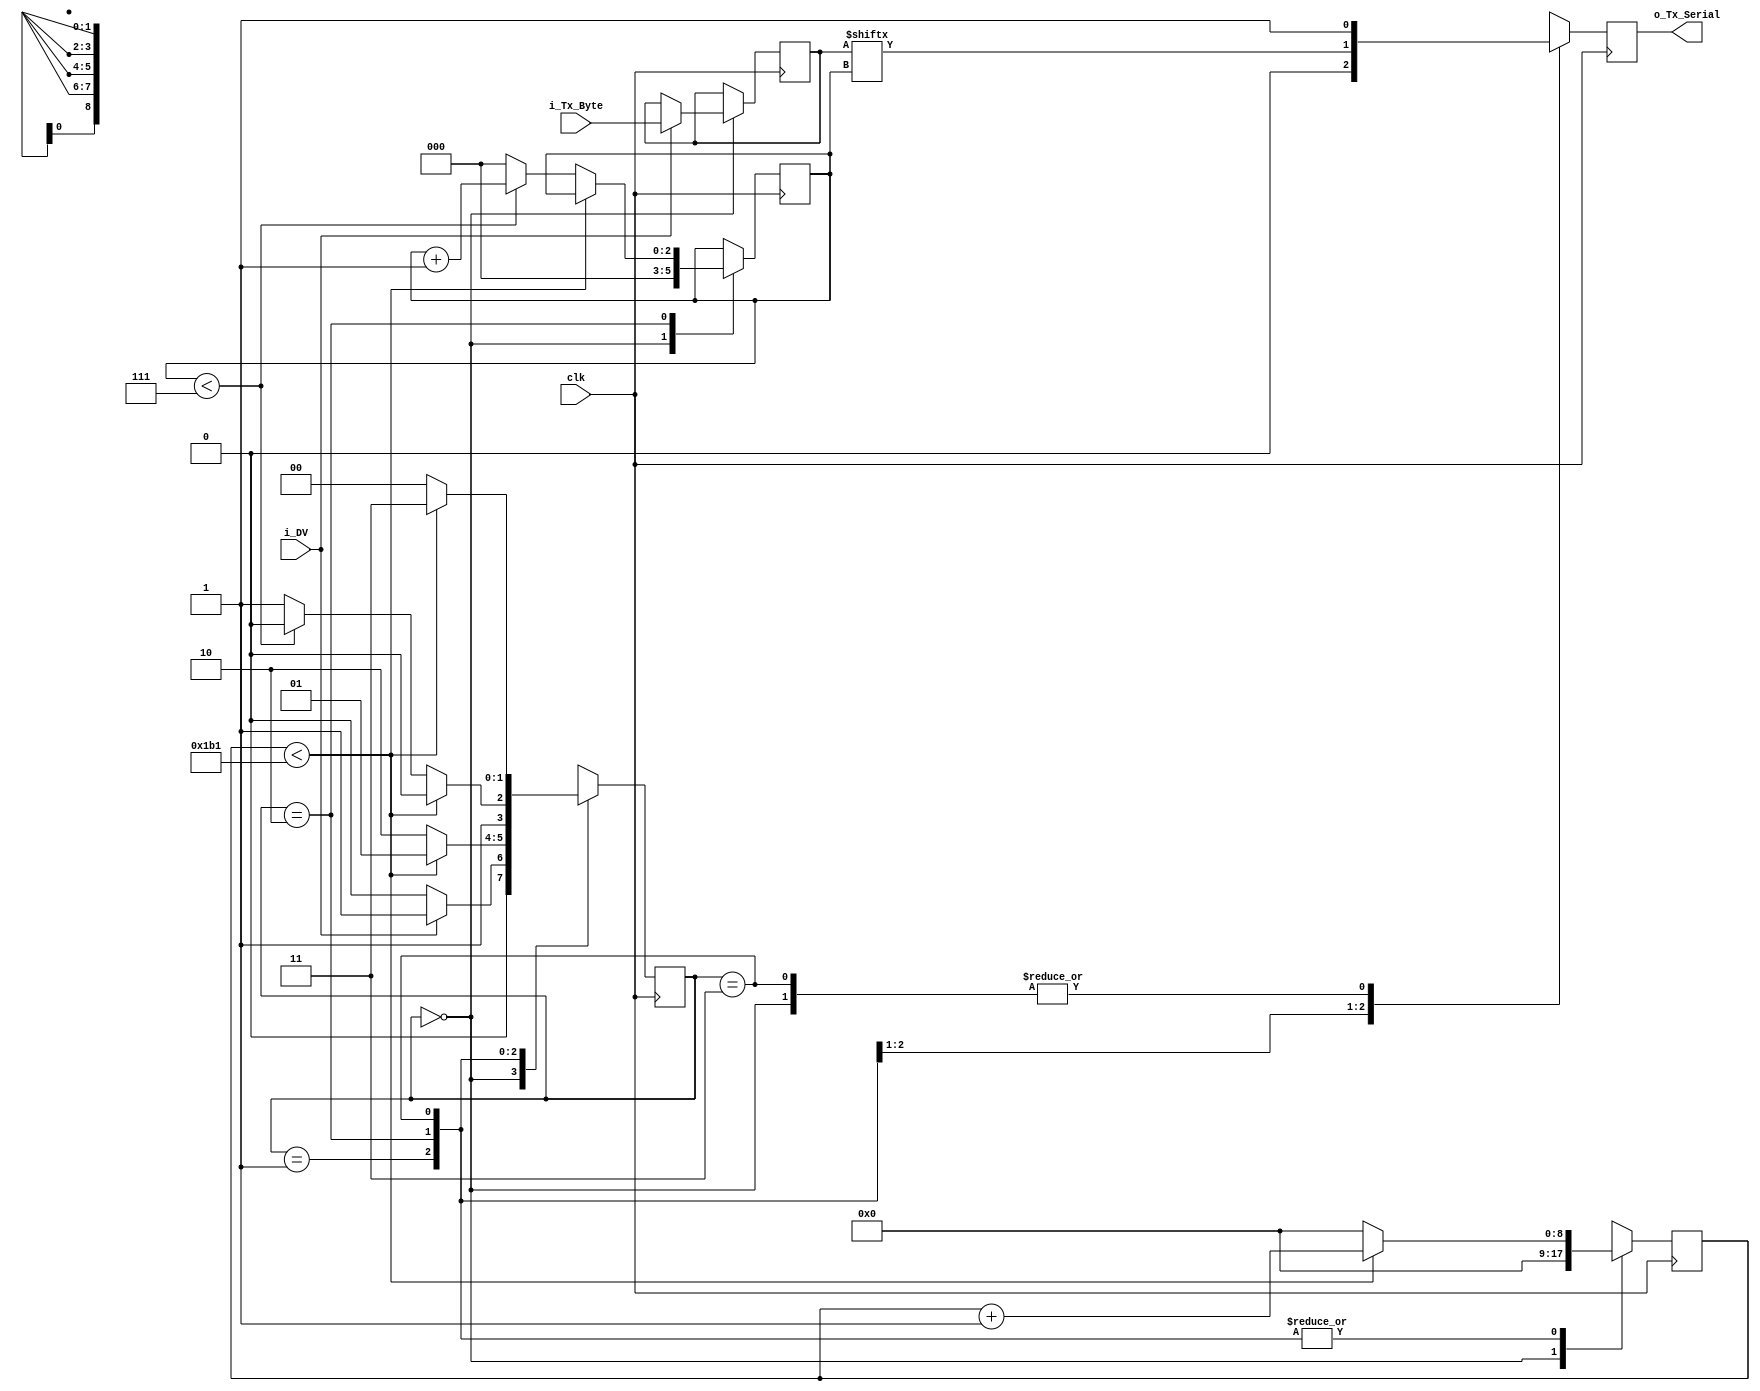
// This file contains the UART Transmitter.  This transmitter is able
// to transmit 8 bits of serial data, one start bit, one stop bit,
// and no parity bit.  When transmit is complete o_Tx_done will be
// driven high for one clock cycle.
//
// Set localparam PulsePerBit as follows:
// PulsePerBit = (Frequency of clk)/(Frequency of UART)
// Example: 10 MHz Clock, 115200 baud UART
// (50000000)/(9600) = 5208
  
module uart_tx 
  #(parameter PulsePerBit = 434)
  (
   input       clk,
   input       i_DV,//Se?al para proceder con TX
   input [7:0] i_Tx_Byte, //Pixel enviado desde (RAM)
   //output      o_Tx_Active,
   output reg  o_Tx_Serial
   //output      o_Tx_Done
   );
  
  localparam s_IDLE         = 2'b00;
  localparam s_TX_START_BIT = 2'b01;
  localparam s_TX_DATA_BITS = 2'b10;
  localparam s_TX_STOP_BIT  = 2'b11;
  
   
  reg [1:0]    Estado     = 0;
  reg [8:0]    clk_Count = 0;
  reg [2:0]    Indice   = 0;
  reg [7:0]    r_Tx_Data     = 0;
  //reg          r_Tx_Done     = 0;   
  //reg          r_Tx_Active   = 0;
     
  always @(posedge clk)
    begin
       
      case (Estado)
        s_IDLE :
          begin
            o_Tx_Serial   <= 1'b1;         // Drive Line High for Idle
            //r_Tx_Done     <= 1'b0;
            clk_Count <= 0;
            Indice   <= 0;
             
            if (i_DV == 1'b1)
              begin
                //r_Tx_Active <= 1'b1;
                r_Tx_Data   <= i_Tx_Byte;
                Estado   <= s_TX_START_BIT;
              end
            else
              Estado <= s_IDLE;
          end // case: s_IDLE
         
         
        // Send out Start Bit. Start bit = 0
        s_TX_START_BIT :
          begin
            o_Tx_Serial <= 1'b0;
             
            // Wait PulsePerBit-1 clock cycles for start bit to finish
            if (clk_Count < PulsePerBit-1)
              begin
                clk_Count <= clk_Count + 1;
                Estado     <= s_TX_START_BIT;
              end
            else
              begin
                clk_Count <= 0;
                Estado     <= s_TX_DATA_BITS;
              end
          end // case: s_TX_START_BIT
         
         
        // Wait PulsePerBit-1 clock cycles for data bits to finish         
        s_TX_DATA_BITS :
          begin
            o_Tx_Serial <= r_Tx_Data[Indice];
            //r_Tx_Data <= {0,r_Tx_Data[7:1]};
            //o_Tx_Serial <= r_Tx_Data[0];
             
            if (clk_Count < PulsePerBit-1)
              begin
                clk_Count <= clk_Count + 1;
                Estado     <= s_TX_DATA_BITS;
              end
            else
              begin
                clk_Count <= 0;
                 
                // Check if we have sent out all bits
                if (Indice < 7)
                  begin
                    Indice <= Indice + 1;
                    Estado   <= s_TX_DATA_BITS;
                  end
                else
                  begin
                    Indice <= 0;
                    Estado   <= s_TX_STOP_BIT;
                  end
              end
          end // case: s_TX_DATA_BITS
         
         
        // Send out Stop bit.  Stop bit = 1
        s_TX_STOP_BIT :
          begin
            o_Tx_Serial <= 1'b1;
             
            // Wait PulsePerBit-1 clock cycles for Stop bit to finish
            if (clk_Count < PulsePerBit-1)
              begin
                clk_Count <= clk_Count + 1;
                Estado     <= s_TX_STOP_BIT;
              end
            else
              begin
                //r_Tx_Done     <= 1'b1;
                clk_Count <= 0;
                //r_Tx_Done <= 1'b1;
                Estado <= s_IDLE;
                //r_Tx_Active   <= 1'b0;
              end
          end // case: s_Tx_STOP_BIT
       
         
        default :
          Estado <= s_IDLE;
         
      endcase
    end
 
  //assign o_Tx_Active = r_Tx_Active;
  //assign o_Tx_Done   = r_Tx_Done;
   
endmodule